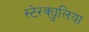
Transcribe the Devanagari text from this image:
स्टेरक्युलिया